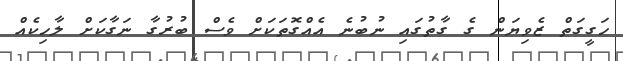
ހަގީގަތް ޒެވިޔަން ގެ ގާތުގައި ނުބުނެ އެއްގޮތަކަށް ވެސް ބުރުގާ ނަގާކަށް ލާހިކެއް